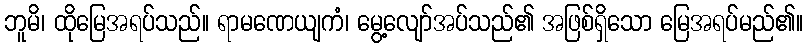
ဘူမိ၊ ထိုမြေအရပ်သည်။ ရာမဏေယျကံ၊ မွေ့လျော်အပ်သည်၏ အဖြစ်ရှိသော မြေအရပ်မည်၏။